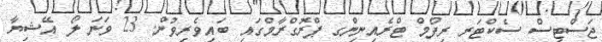
ޖަސްޓިސް ސެކްޓަރ ރިފޯމް ޓްރެއިނިންގ ޕްރޮގްރާމްގައި ބައިވެރިވުން. 23 ވަނަ ލޯ އޭޝިޔާ